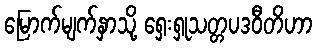
မြောက်မျက်နှာသို့ ရှေးရှုသတ္တပဒဝီတိဟာ